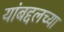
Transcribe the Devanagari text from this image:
यांबद्दलच्या